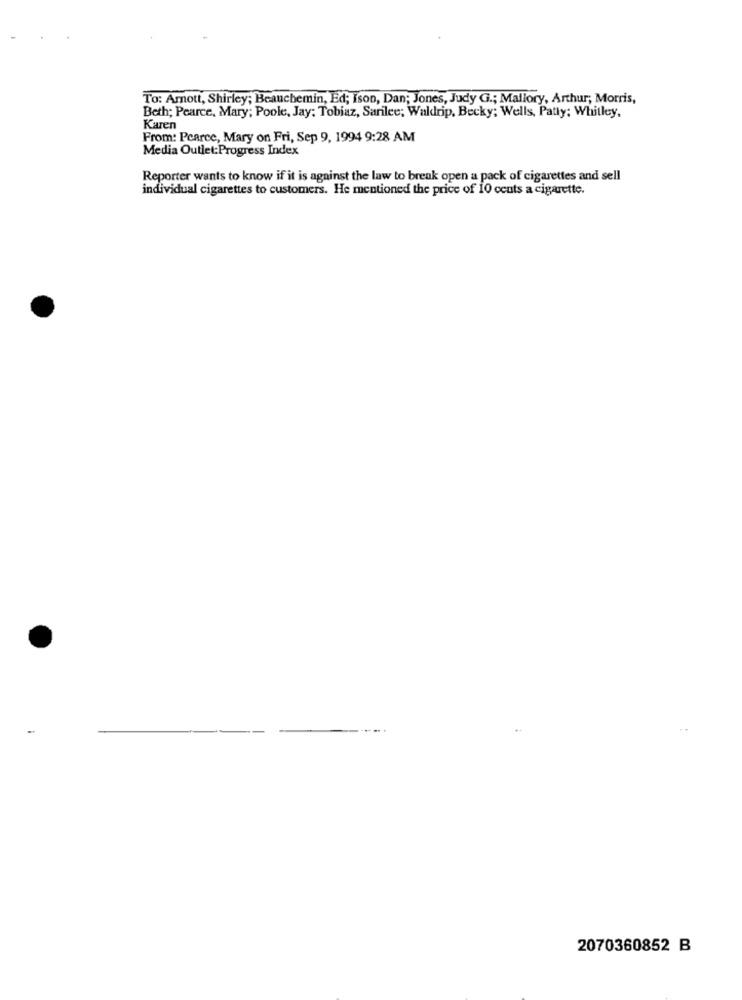
To: Amott, Shirley; Beauchemin, Ed; Ison, Dan; Jones, Judy G .; Mallory, Arthur; Morris,
Beth; Pearce, Mary; Poole, Jay; Tobiaz, Sarilee; Waldrip, Becky; Wells, Patty; Whitley.
Karen
From: Pearce, Mary on Fri, Sep 9, 1994 9:28 AM
Media Outlet:Progress Index
Reporter wants to know if it is against the law to break open a pack of cigarettes and sell
individual cigarettes to customers. He mentioned the price of 10 cents a cigarette.
2070360852 B